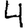
Digit: 4